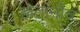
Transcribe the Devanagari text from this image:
हातांनीच